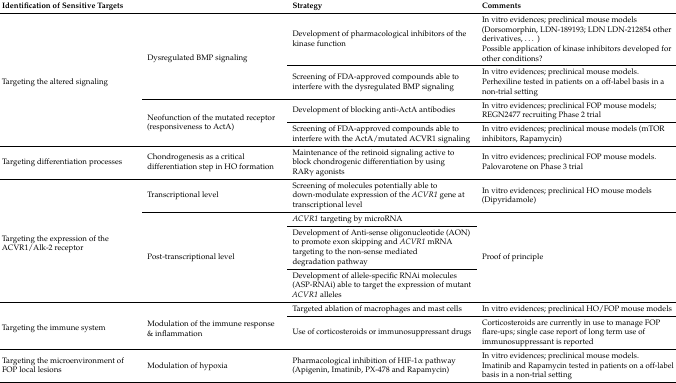
<table><thead><tr><td colspan="2"><b>Identification of Sensitive Targets</b></td><td><b>Strategy</b></td><td><b>Comments</b></td></tr></thead><tbody><tr><td rowspan="4">Targeting the altered signaling</td><td rowspan="2">Dysregulated BMP signaling</td><td>Development of pharmacological inhibitors of the kinase function</td><td>In vitro evidences; preclinical mouse models (Dorsomorphin, LDN-189193; LDN LDN-212854 other derivatives, ...)Possible application of kinase inhibitors developed for other conditions?</td></tr><tr><td>Screening of FDA-approved compounds able to interfere with the dysregulated BMP signaling</td><td>In vitro evidences; preclinical mouse models. Perhexiline tested in patients on a off-label basis in a non-trial setting</td></tr><tr><td rowspan="2">Neofunction of the mutated receptor (responsiveness to ActA)</td><td>Development of blocking anti-ActA antibodies</td><td>In vitro evidences; preclinical FOP mouse models; REGN2477 recruiting Phase 2 trial</td></tr><tr><td>Screening of FDA-approved compounds able to interfere with the ActA/mutated ACVR1 signaling</td><td>In vitro evidences; preclinical mouse models (mTOR inhibitors, Rapamycin)</td></tr><tr><td>Targeting differentiation processes</td><td>Chondrogenesis as a critical differentiation step in HO formation</td><td>Maintenance of the retinoid signaling active to block chondrogenic differentiation by using RARγ agonists</td><td>In vitro evidences; preclinical FOP mouse models. Palovarotene on Phase 3 trial</td></tr><tr><td rowspan="4">Targeting the expression of the ACVR1/Alk-2 receptor</td><td>Transcriptional level</td><td>Screening of molecules potentially able to down-modulate expression of the <i>ACVR1</i> gene at transcriptional level</td><td>In vitro evidences; preclinical HO mouse models (Dipyridamole)</td></tr><tr><td rowspan="3">Post-transcriptional level</td><td><i>ACVR1</i> targeting by microRNA</td><td rowspan="3">Proof of principle</td></tr><tr><td>Development of Anti-sense oligonucleotide (AON) to promote exon skipping and <i>ACVR1</i> mRNA targeting to the non-sense mediated degradation pathway</td></tr><tr><td>Development of allele-specific RNAi molecules (ASP-RNAi) able to target the expression of mutant <i>ACVR1</i> alleles</td></tr><tr><td rowspan="2">Targeting the immune system</td><td rowspan="2">Modulation of the immune response &amp; inflammation</td><td>Targeted ablation of macrophages and mast cells</td><td>In vitro evidences; preclinical HO/FOP mouse models</td></tr><tr><td>Use of corticosteroids or immunosuppressant drugs</td><td>Corticosteroids are currently in use to manage FOP flare-ups; single case report of long term use of immunosuppressant is reported</td></tr><tr><td>Targeting the microenvironment of FOP local lesions</td><td>Modulation of hypoxia</td><td>Pharmacological inhibition of HIF-1α pathway (Apigenin, Imatinib, PX-478 and Rapamycin)</td><td>In vitro evidences; preclinical mouse models.Imatinib and Rapamycin tested in patients on a off-label basis in a non-trial setting</td></tr></tbody></table>